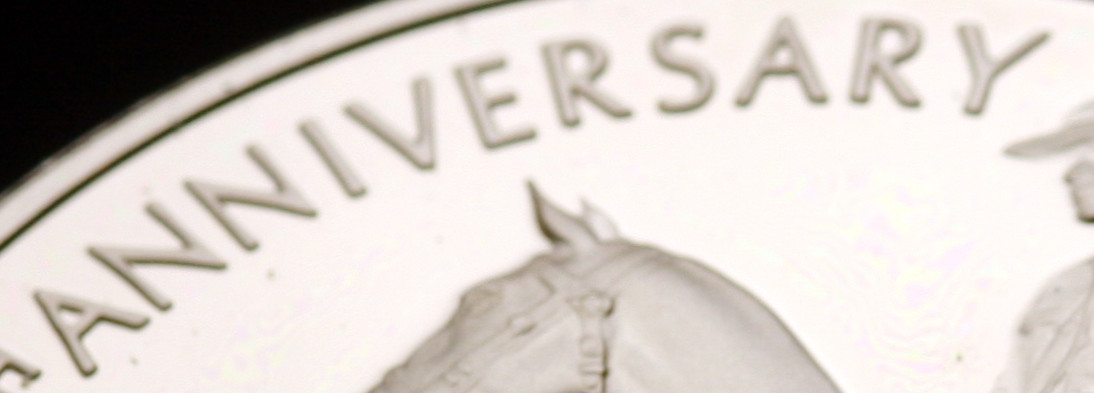
ANNIVERSARY